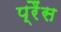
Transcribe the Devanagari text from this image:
प्रैंस